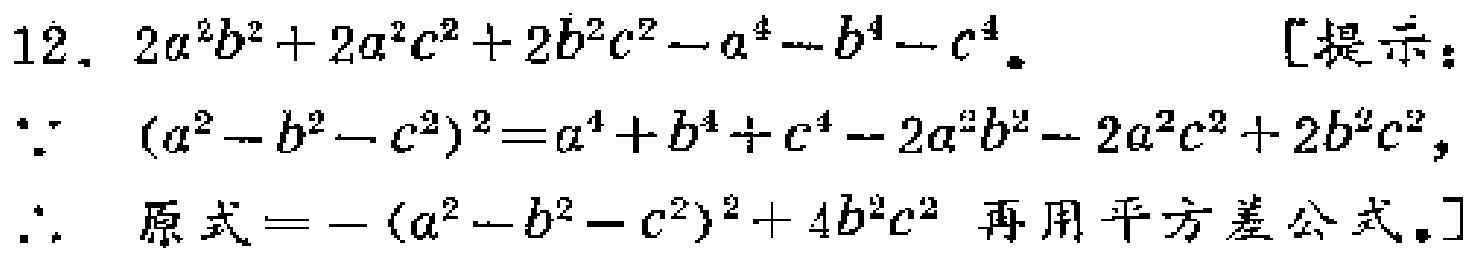
12. \(2a^{2}b^{2}+2a^{2}c^{2}+2b^{2}c^{2}-a^{4}-b^{4}-c^{4}\).  [提示：

\(\because (a^{2}-b^{2}-c^{2})^{2}=a^{4}+b^{4}+c^{4}-2a^{2}b^{2}-2a^{2}c^{2}+2b^{2}c^{2}\),

\(\therefore\) 原式\(=-(a^{2}-b^{2}-c^{2})^{2}+4b^{2}c^{2}\) 再用平方差公式。]